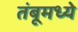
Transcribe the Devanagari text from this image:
तंबूमध्ये